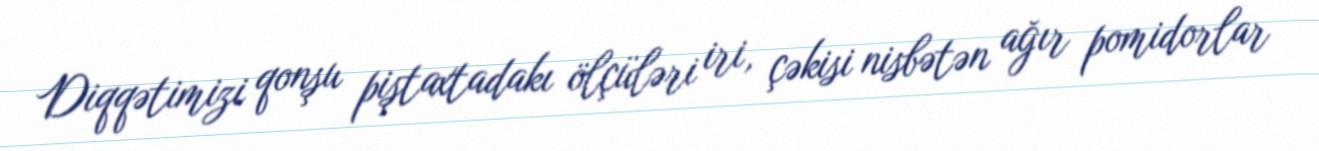
Diqqətimizi qonşu piştaxtadakı ölçüləri iri, çəkisi nisbətən ağır pomidorlar